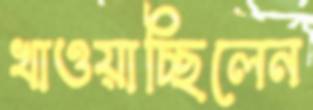
খাওয়াচ্ছিলেন